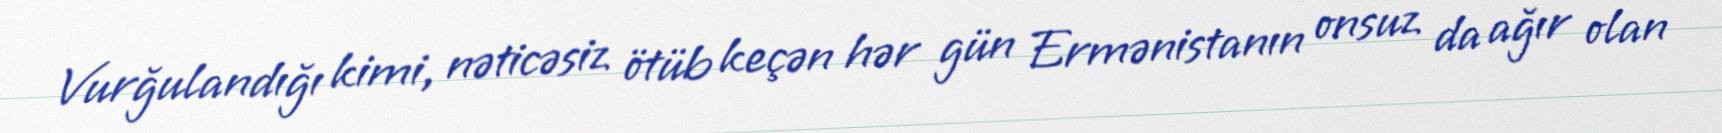
Vurğulandığı kimi, nəticəsiz ötüb keçən hər gün Ermənistanın onsuz da ağır olan